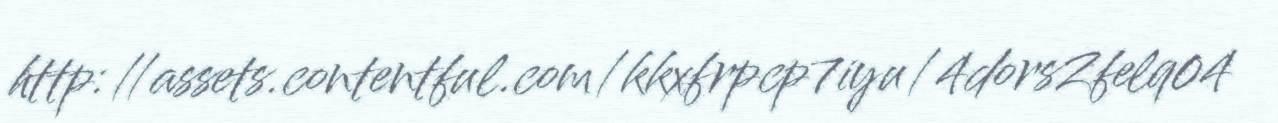
http://assets.contentful.com/kkxfrpcp7iyu/4dorsZfelq04